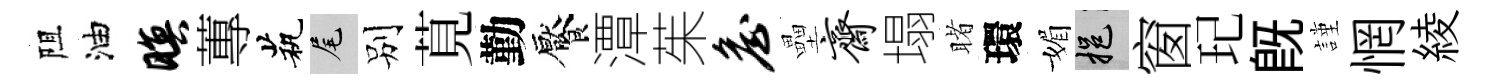
阻油暝蓴茕尾别莧勤饜潭茱詹壘斋塌睹環媚挹窗玘旣謹惘綾